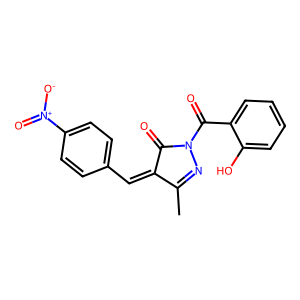
SMILES: CC1=NN(C(=O)c2ccccc2O)C(=O)C1=Cc1ccc([N+](=O)[O-])cc1
Inhibits HIV replication: No